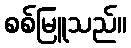
စစ်မြူသည်။